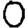
Digit: 0